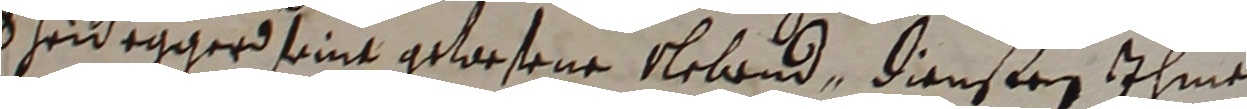
Scheidegger seine gewesene nlebend, diensten ihme